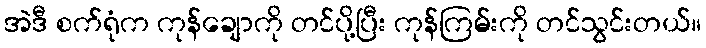
အဲဒီ စက်ရုံက ကုန်ချောကို တင်ပို့ပြီး ကုန်ကြမ်းကို တင်သွင်းတယ်။